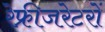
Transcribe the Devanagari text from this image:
रेफ्रीजरेटरों